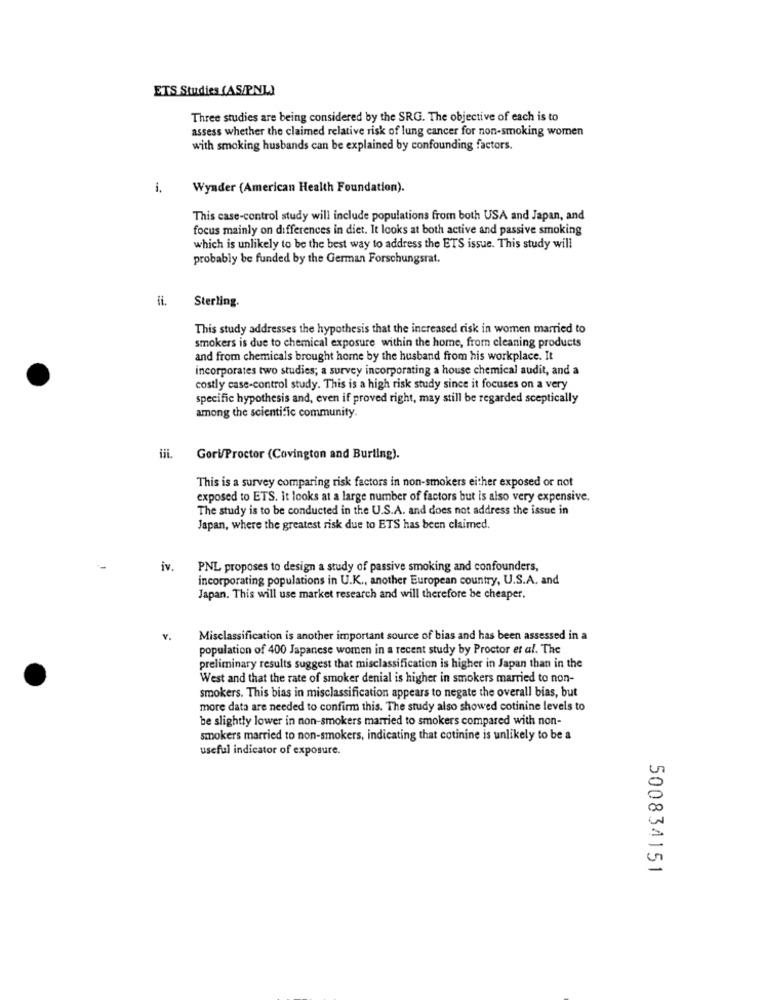
ETS Studies (AS/PNL)
Three studies are being considered by the SRG. The objective of each is to
assess whether the claimed relative risk of lung cancer for non-smoking women
with smoking husbands can be explained by confounding factors.
i.
Wynder (American Health Foundation).
This case-control study will include populations from both USA and Japan, and
focus mainly on differences in diet. It looks at both active and passive smoking
which is unlikely to be the best way to address the ETS issue. This study will
probably be funded by the German Forschungsrat.
ii.
Sterling.
This study addresses the hypothesis that the increased risk in women married to
smokers is due to chemical exposure within the home, from cleaning products
and from chemicals brought home by the husband from his workplace. It
incorporates two studies; a survey incorporating a house chemical audit, and a
costly case-control study. This is a high risk study since it focuses on a very
specific hypothesis and, even if proved right, may still be regarded sceptically
among the scientific community.
Gori/Proctor (Covington and Burling).
This is a survey comparing risk factors in non-smokers either exposed or not
exposed to ETS. it looks at a large number of factors but is also very expensive.
The study is to be conducted in the U.S.A. and does not address the issue in
Japan, where the greatest risk due to ETS has been claimed.
iv.
PNL proposes to design a study of passive smoking and confounders,
incorporating populations in U.K ., another European country, U.S.A. and
Japan. This will use market research and will therefore be cheaper.
V.
Misclassification is another important source of bias and has been assessed in a
population of 400 Japanese women in a recent study by Proctor et al. The
preliminary results suggest that misclassification is higher in Japan than in the
West and that the rate of smoker denial is higher in smokers married to non-
smokers. This bias in misclassification appears to negate the overall bias, but
more data are needed to confirm this. The study also showed cotinine levels to
be slightly lower in non-smokers married to smokers compared with non-
smokers married to non-smokers, indicating that cotinine is unlikely to be a
useful indicator of exposure.
500834151